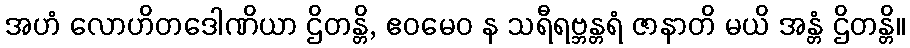
အဟံ လောဟိတဒေါဏိယာ ဌိတန္တိ, ဧဝမေဝ န သရီရဗ္ဘန္တရံ ဇာနာတိ မယိ အန္တံ ဌိတန္တိ။